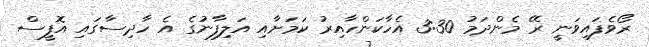
ރޯވެފައިވަނީ ރޭ މެންދަމު 3:30 އެހާކަންހާއިރު ކަމަށާއި އަލިފާނުގެ އެ ހާދިސާގައި އޮފީސް